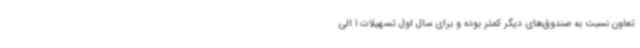
تعاون نسبت به صندوق‌های دیگر کمتر بوده و برای سال اول تسهیلات 1 الی